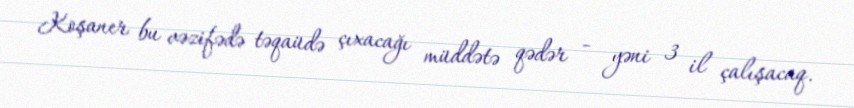
Koşaner bu vəzifədə təqaüdə çıxacağı müddətə qədər - yəni 3 il çalışacaq.